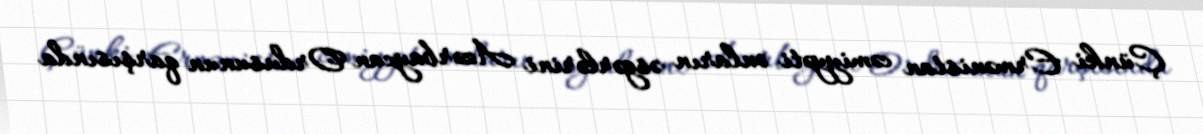
Çünki Ermənistan cəmiyyəti onların əsgərlərini Azərbaycan Ordusunun qarşısında